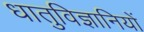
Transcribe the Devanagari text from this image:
धातुविज्ञानियों